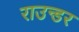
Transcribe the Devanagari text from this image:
राउन्डर